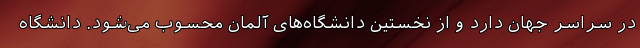
در سراسر جهان دارد و از نخستین دانشگاه‌های آلمان محسوب می‌شود. دانشگاه